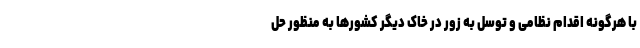
با هرگونه اقدام نظامی و توسل به زور در خاک دیگر کشورها به منظور حل